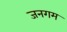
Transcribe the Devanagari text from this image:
जनगम